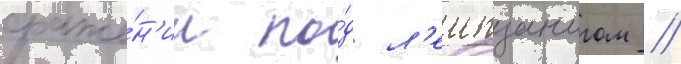
сраже́н'ии по́д л'еипцигом /